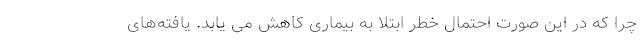
چرا که در این صورت احتمال خطر ابتلا به بیماری کاهش می یابد. یافته‌های